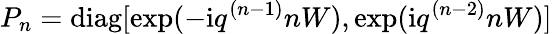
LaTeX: P_{n}=\mathrm{diag}[\exp(-\mathrm{i}q^{(n-1)}nW),\exp(\mathrm{i}q^{(n-2)}nW)]